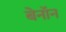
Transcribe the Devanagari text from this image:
बेनॉन